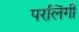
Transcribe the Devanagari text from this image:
परलिंगी